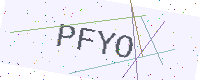
Text: PFYO